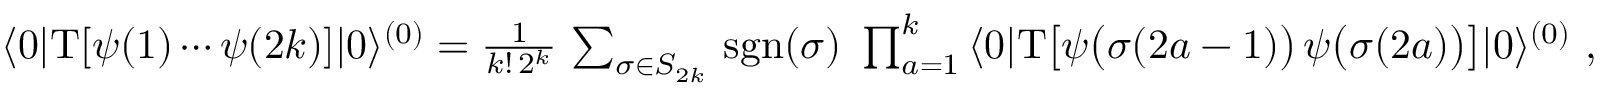
\begin{array} { r } { \langle 0 | \mathrm { T } [ \psi ( 1 ) \cdots \psi ( 2 k ) ] | 0 \rangle ^ { ( 0 ) } = \frac 1 { k ! \, 2 ^ { k } } \, \sum _ { \sigma \in S _ { 2 k } } \, \mathrm { s g n } ( \sigma ) \ \prod _ { a = 1 } ^ { k } \, \langle 0 | \mathrm { T } \big [ \psi \big ( \sigma ( 2 a - 1 ) \big ) \, \psi \big ( \sigma ( 2 a ) \big ) \big ] | 0 \rangle ^ { ( 0 ) } \ , } \end{array}